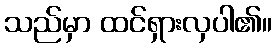
သည်မှာ ထင်ရှားလှပါ၏။